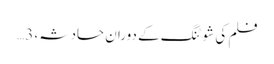
فلم کی شوٹنگ کے دوران حادثہ، 3…